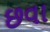
છવા